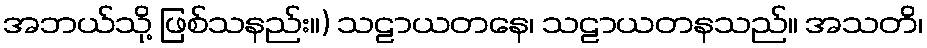
အဘယ်သို့ ဖြစ်သနည်း။) သဠာယတနေ၊ သဠာယတနသည်။ အသတိ၊